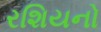
રશિયનો